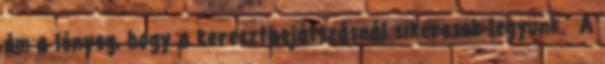
ám a lényeg, hogy a keresztbejátszásnál sikeresek legyünk.” A